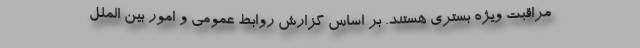
مراقبت ویژه بستری هستند. بر اساس گزارش روابط‌ عمومی و امور بین ‌الملل